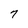
Character: 7